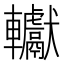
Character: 䡾